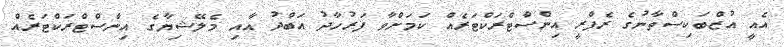
އެއީ އުޒްބަކިސްތާނުގެ ރެފްރީ އިންސްޓްރަކްޓަރެއް ކަމަށްވާ ފަރުހާދު އަބްދު އާއި މެލޭޝިޔާގެ އިންސްޓްރަކްޓަރެއް